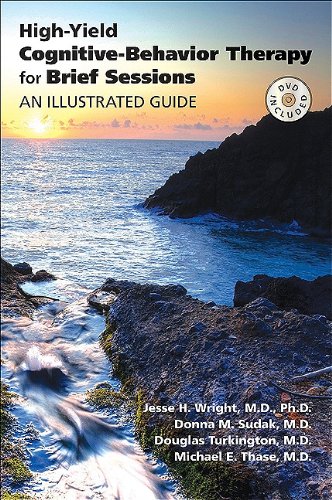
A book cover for High-yield Cognitive-behavior Therapy for Brief Sessions: An Illustrated Guide; Jesse H. Wright; Medical Books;